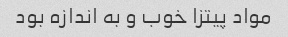
مواد پیتزا خوب و به اندازه بود